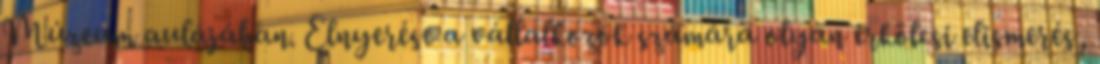
Múzeum aulájában. Elnyerése a vállalkozók számára olyan erkölcsi elismerés,